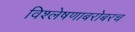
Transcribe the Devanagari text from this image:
विश्लेषणाबरोबरच